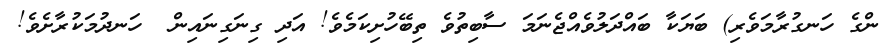
ންގެ ހަނގުރާމަވެރި) ބަޔަކާ ބައްދަލުވެއްޖެނަމަަ ސާބިތުވެ ތިބޭހުށިކަމެވެ! އަދި ގިނަގިނައިން  ހަނދުމަކުރާށެވެ!